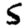
Digit: 5